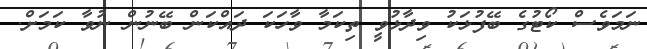
ނަމަވެސް ކޯޓުގެ ބޭފުޅަކު ވިދާޅުވީ ތިކަމާ ވާހަކަ ދައްކަން ބޭނުން ނުވާ ކަމަށް.